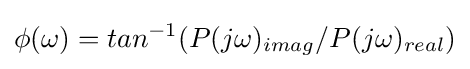
\phi (\omega )=tan^{-1}(P(j\omega )_{imag}/P(j\omega )_{real})